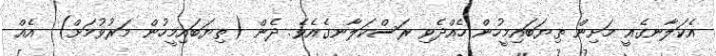
އެކަލާނގެއީ މަށިން ތިޔަބައިމީހުން ހެއްދެވި ރަސްކަލާނގެއެވެ. ދެން (ތިޔަބައިމީހުން މަރުވުމަށް)  އެއް